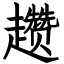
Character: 趱